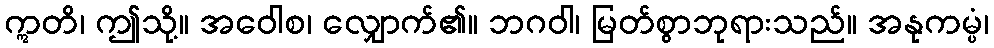
ဣတိ၊ ဤသို့။ အဝေါစ၊ လျှောက်၏။ ဘဂဝါ၊ မြတ်စွာဘုရားသည်။ အနုကမ္ပံ၊